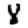
Digit: 8